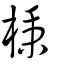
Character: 棅